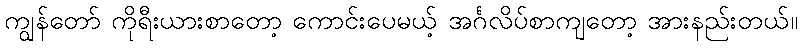
ကျွန်တော် ကိုရီးယားစာတော့ ကောင်းပေမယ့် အင်္ဂလိပ်စာကျတော့ အားနည်းတယ်။